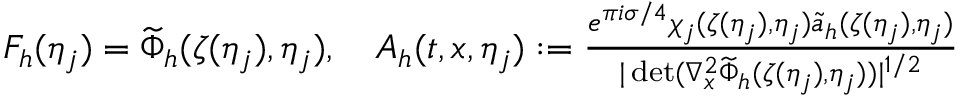
\begin{array} { r } { F _ { h } ( \eta _ { j } ) = \widetilde { \Phi } _ { h } ( \zeta ( \eta _ { j } ) , \eta _ { j } ) , \quad A _ { h } ( t , x , \eta _ { j } ) : = \frac { e ^ { \pi i \sigma / 4 } \chi _ { j } ( \zeta ( \eta _ { j } ) , \eta _ { j } ) \widetilde { a } _ { h } ( \zeta ( \eta _ { j } ) , \eta _ { j } ) } { | \operatorname* { d e t } ( \nabla _ { x } ^ { 2 } \widetilde { \Phi } _ { h } ( \zeta ( \eta _ { j } ) , \eta _ { j } ) ) | ^ { 1 / 2 } } } \end{array}